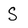
Character: S